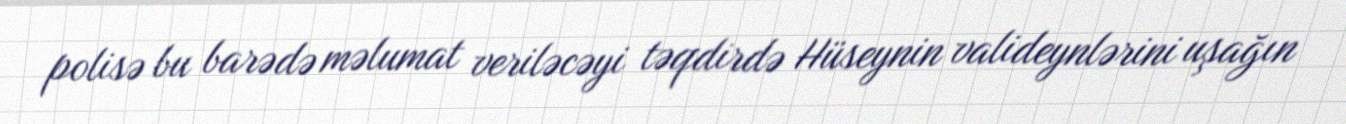
polisə bu barədə məlumat veriləcəyi təqdirdə Hüseynin valideynlərini uşağın